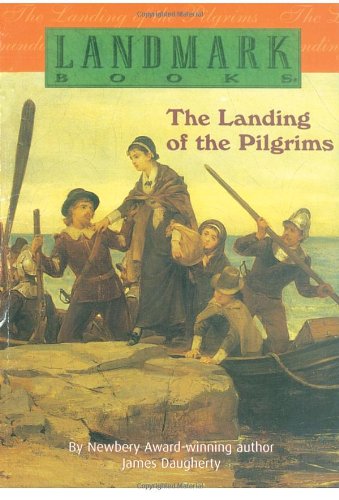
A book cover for The Landing of the Pilgrims (Landmark Books); James Daugherty; Children's Books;